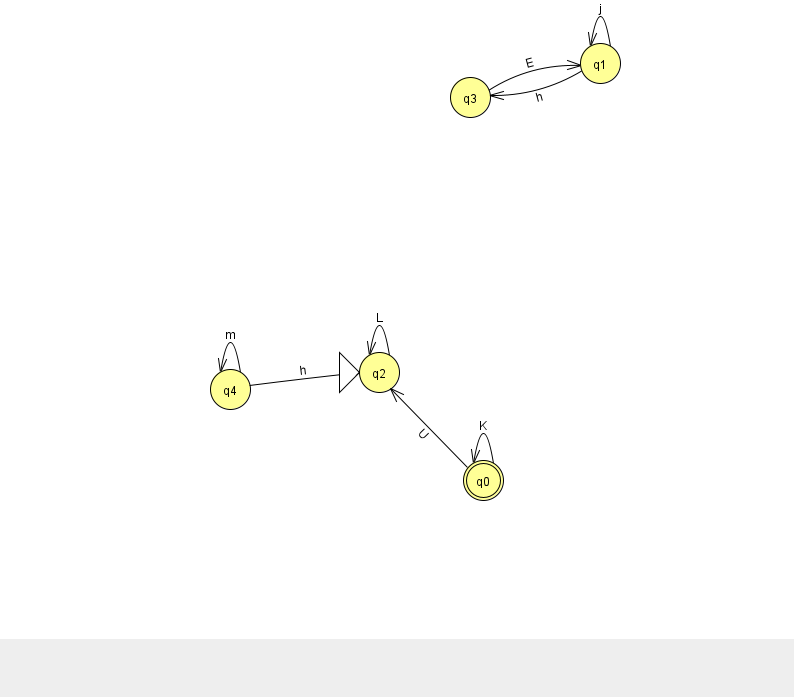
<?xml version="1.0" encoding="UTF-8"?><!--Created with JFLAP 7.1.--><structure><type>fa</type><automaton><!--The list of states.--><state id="0" name="q0"><x>483.0</x><y>467.0</y><final/></state><state id="1" name="q1"><x>600.0</x><y>50.0</y></state><state id="2" name="q2"><x>379.0</x><y>359.0</y><initial/></state><state id="3" name="q3"><x>470.0</x><y>84.0</y></state><state id="4" name="q4"><x>230.0</x><y>376.0</y></state><!--The list of transitions.--><transition><from>1</from><to>3</to><read>h</read></transition><transition><from>3</from><to>1</to><read>E</read></transition><transition><from>1</from><to>1</to><read>j</read></transition><transition><from>0</from><to>0</to><read>K</read></transition><transition><from>2</from><to>2</to><read>L</read></transition><transition><from>4</from><to>2</to><read>h</read></transition><transition><from>4</from><to>4</to><read>m</read></transition><transition><from>0</from><to>2</to><read>U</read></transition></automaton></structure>